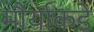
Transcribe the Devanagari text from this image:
मौर्याकडे